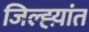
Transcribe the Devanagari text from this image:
जिल्ह्य़ांत